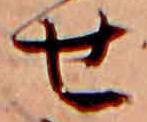
せ